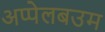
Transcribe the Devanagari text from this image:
अप्पेलबउम